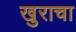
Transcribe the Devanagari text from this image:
खुराचा